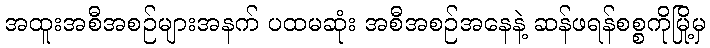
အထူးအစီအစဉ်များအနက် ပထမဆုံး အစီအစဉ်အနေနဲ့ ဆန်ဖရန်စစ္စကိုမြို့မှ